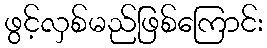
ဖွင့်လှစ်မည်ဖြစ်ကြောင်း